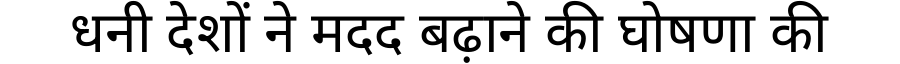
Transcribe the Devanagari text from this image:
धनी देशों ने मदद बढ़ाने की घोषणा की